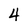
Character: 4